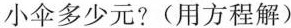
小伞多少元?(用方程解)